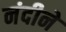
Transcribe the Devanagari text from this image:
नंदीने